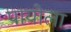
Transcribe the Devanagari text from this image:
पायोला